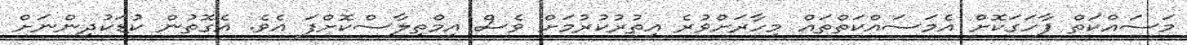
މަސައްކަތް ފާހަގަކޮށް އެމަސައްކަތްތައް މިހާރަށްވުރެ އިތުރުކުރުމަށް ވެސް އިމްތިލާސްކޮށްފަ އެވެ. އެގޮތުން ކުޑަކުދިންނަށް